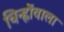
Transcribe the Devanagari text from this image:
चिन्ह्नोंवाला